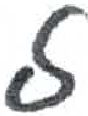
אות: ל